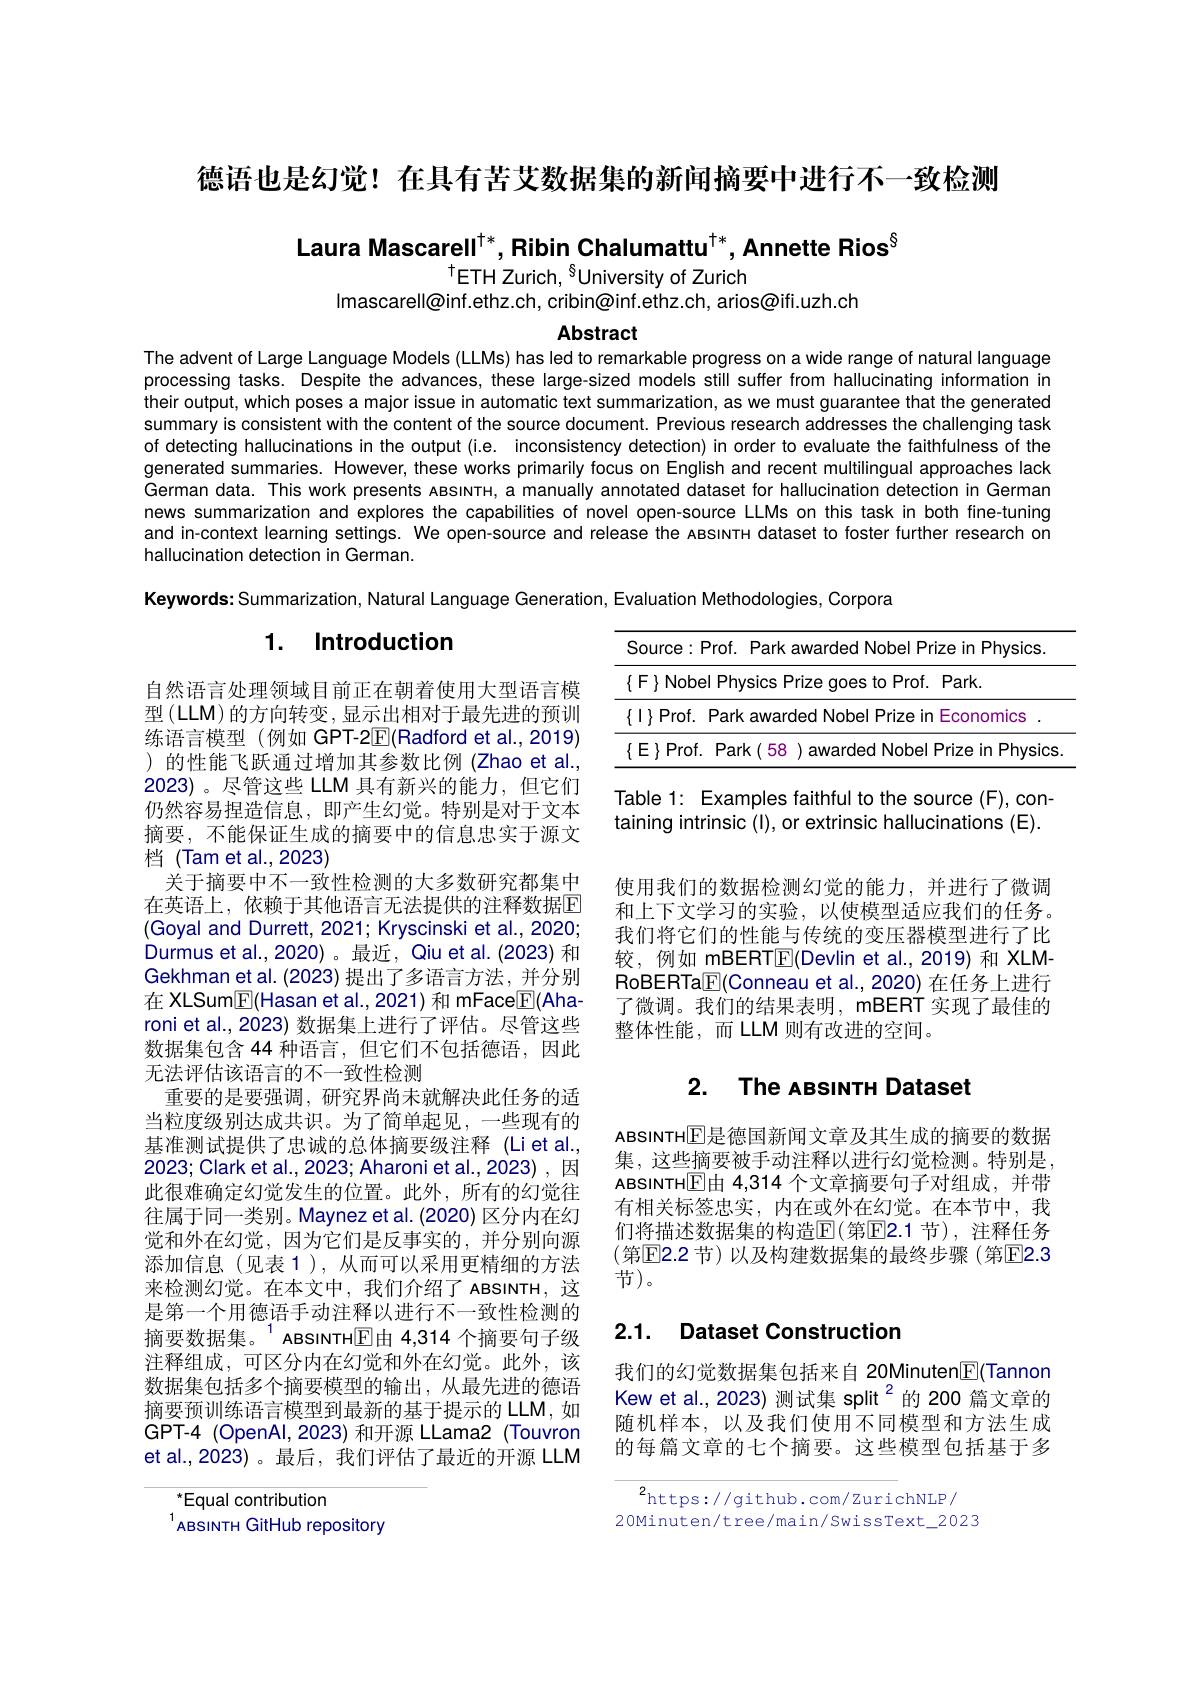
德语也是幻觉！在具有苦艾数据集的新闻摘要中进行不一致检测

Laura Mascarell$^{\dagger*}$, Ribin Chalumattu$^{\dagger*}$, Annette Rios$^{8}$

$^{\dagger}$ETH Zurich, $^{8}$University of Zurich
Imascarell@inf.ethz.ch, cribin@inf.ethz.ch, arios@ifi.uzh.ch

Abstract

The advent of Large Language Models (LLMs) has led to remarkable progress on a wide range of natural language processing tasks. Despite the advances, these large-sized models still suffer from hallucinating information in their output, which poses a major issue in automatic text summarization, as we must guarantee that the generated summary is consistent with the content of the source document. Previous research addresses the challenging task of detecting hallucinations in the output (i.e. inconsistency detection) in order to evaluate the faithfulness of the generated summaries. However, these works primarily focus on English and recent multilingual approaches lack German data. This work presents ABsıNTH, a manually annotated dataset for hallucination detection in German news summarization and explores the capabilities of novel open-source LLMs on this task in both fine-tuning and in-context learning settings. We open-source and release the ABsıNTH dataset to foster further research on hallucination detection in German.

Keywords: Summarization, Natural Language Generation, Evaluation Methodologies, Corpora

# 1. Introduction

<table>
	<tbody>
		<tr>
			<th></th>
			<th>Source:Prof. Park awa</th>
			<th>:Prof. Park awarded Nobel Prize in Physics</th>
		</tr>
		<tr>
			<td>$\{$</td>
			<td>$\{F\}$Nobel Physics Prize</td>
			<td>bel Physics Prize goes to Prof. Park.</td>
		</tr>
		<tr>
			<td>$\{$</td>
			<td>$\{1\}$Prof. Park awarded</td>
			<td>if. Park awarded Nobel Prize in Economics</td>
		</tr>
		<tr>
			<td>$\Gamma$</td>
			<td>$\{E\}$Prof. Park 158 $\zeta I$ av</td>
			<td>of. Park(58 awarded Nobel Prize in Physics</td>
		</tr>
	</tbody>
</table>

自然语言处理领域目前正在朝着使用大型语言模型 (LLM) 的方向转变，显示出相对于最先进的预训练语言模型(例如 GPT-2$\overline{\mathbb{F}}($Radford et al.,2019) )的性能飞跃通过增加其参数比例(Zhao et al., 2023)。尽管这些 LLM 具有新兴的能力，但它们仍然容易捏造信息，即产生幻觉。特别是对于文本摘要，不能保证生成的摘要中的信息忠实于源文档 (Tam et al.,2023)

Table 1: Examples faithful to the source (F), containing intrinsic (l), or extrinsic hallucinations (E).

关于摘要中不一致性检测的大多数研究都集中

使用我们的数据检测幻觉的能力，并进行了微调和上下文学习的实验，以使模型适应我们的任务。我们将它们的性能与传统的变压器模型进行了比较，例如 mBERT$\underline{\mathrm{E}}($Devlin et al.,2019)和 XLMRoBERTa$\underline{\mathbb{F}}($Conneau et al., 2020) 在任务上进行了微调。我们的结果表明，mBERT 实现了最佳的整体性能，而 LLM 则有改进的空间。

在英语上，依赖于其他语言无法提供的注释数据$\color{#c00}{\mathrm{E}}$ (Goyal and Durrett, 2021; Kryscinski et al., 2020; Durmus et al.,2020) 。最近，Qiu et al. (2023) 和Gekhman et al. (2023) 提出了多语言方法，并分别在 XLSum$\boxed{\mathrm{F}}($Hasan et al.,2021) 和 mFace$\boxed{\mathrm{F}}($Aharoni et al., 2023) 数据集上进行了评估。尽管这些数据集包含 44 种语言，但它们不包括德语，因此无法评估该语言的不一致性检测
重要的是要强调，研究界尚未就解决此任务的适当粒度级别达成共识。为了简单起见，一些现有的基准测试提供了忠诚的总体摘要级注释 (Liet al., 2023; Clark et al., 2023; Aharoni et al., 2023) , 因此很难确定幻觉发生的位置。此外，所有的幻觉往往属于同一类别。Maynez et al. (2020) 区分内在幻觉和外在幻觉，因为它们是反事实的，并分别向源添加信息(见表1),从而可以采用更精细的方法来检测幻觉。在本文中，我们介绍了 ABSINTH,这是第一个用德语手动注释以进行不一致性检测的摘要数据集。$^{-1}$ ABSINTH$\boxed{\mathrm{E}}$由 4,314 个摘要句子级注释组成，可区分内在幻觉和外在幻觉。此外，该数据集包括多个摘要模型的输出，从最先进的德语摘要预训练语言模型到最新的基于提示的 LLM, 如GPT-4 (OpenAl,2023) 和开源 LLama2 (Touvron et al.,2023)。最后，我们评估了最近的开源 LLM

# 2. The ABSINTH Dataset

ABSINTH$\mathbb{E}$是德国新闻文章及其生成的摘要的数据集，这些摘要被手动注释以进行幻觉检测。特别是ABSINTH$\boxed{\mathbb{E}}$由 4,314 个文章摘要句子对组成，并带有相关标签忠实，内在或外在幻觉。在本节中，我们将描述数据集的构造$\mathbb{E}($第$\mathbb{E}$2.1 节), 注释任务(第E2.2 节)以及构建数据集的最终步骤(第E2.3节)。

## 2.1. Dataset Construction

我们的幻觉数据集包括来自 20Minuten$\boxed{\mathbb{F}}($Tannon Kew et al., 2023) 测试集 split $^{2}$的 200 篇文章的随机样本，以及我们使用不同模型和方法生成的每篇文章的七个摘要。这些模型包括基于多

$^2$https://github.com/zurichNLP/
20Minuten/tree/main/SwissText\_2023

$^{*}$Equal contribution
$^{1}$ABSINTH GitHub repository